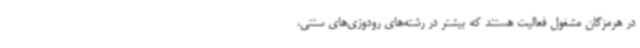
در هرمزگان مشغول فعالیت هستند که بیشتر در رشته‌های رودوزی‌های سنتی،